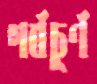
গর্বচূর্ণ